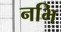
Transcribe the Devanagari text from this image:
नभि